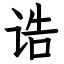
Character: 诰